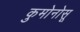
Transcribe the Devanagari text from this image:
कुमोनोसू